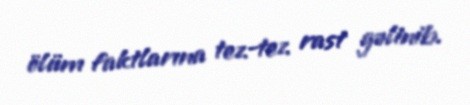
ölüm faktlarına tez-tez rast gəlinib.